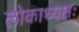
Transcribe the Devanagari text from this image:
लोकाध्यक्षः